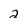
Character: 2